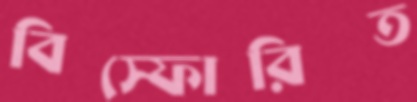
বিস্ফোরিত